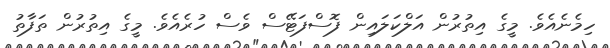
ހިމެނެއެވެ. މީގެ އިތުރުން އަލްކަލައިން ފޮސްފަޓޭސް ވެސް ހުރެއެވެ. މީގެ އިތުރުން ތަފާތު